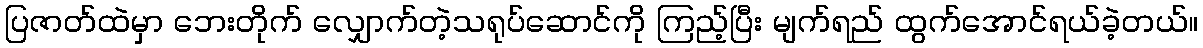
ပြဇာတ်ထဲမှာ ဘေးတိုက် လျှောက်တဲ့သရုပ်ဆောင်ကို ကြည့်ပြီး မျက်ရည် ထွက်အောင်ရယ်ခဲ့တယ်။